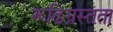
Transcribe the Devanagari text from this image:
रूढिग्रस्तता